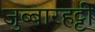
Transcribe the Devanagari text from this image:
जुब्‍बारहट्टी